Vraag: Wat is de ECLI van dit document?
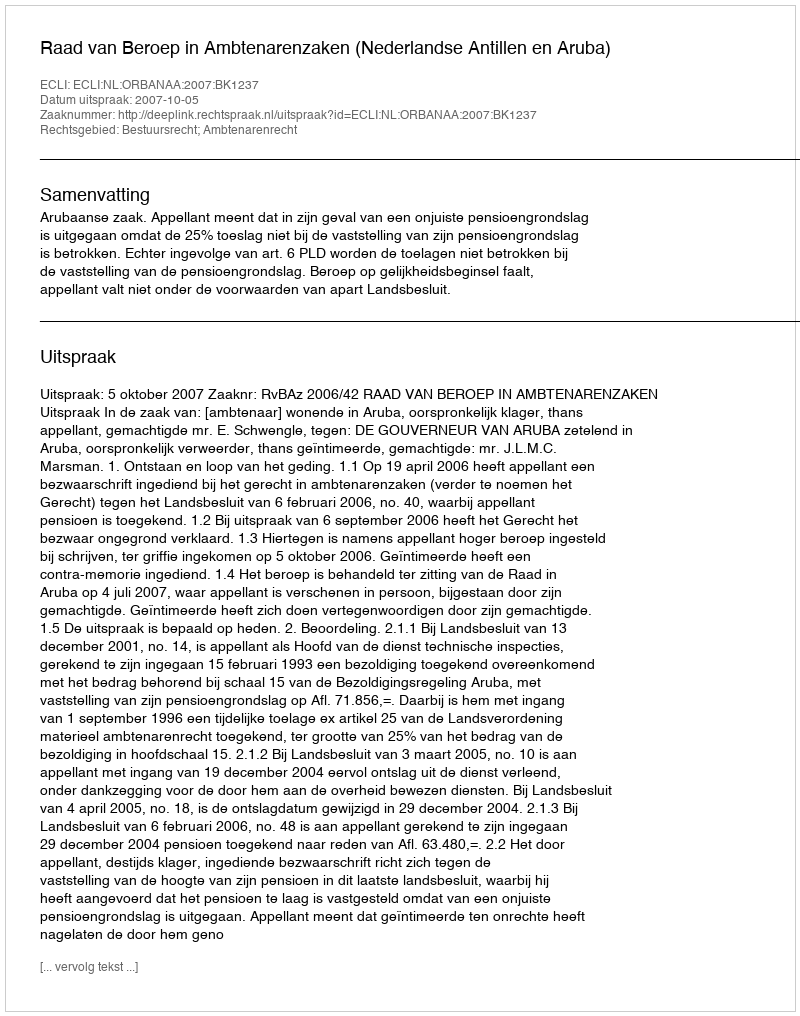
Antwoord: ECLI:NL:ORBANAA:2007:BK1237